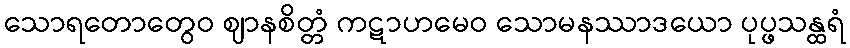
သောရတောတွေဝ ဈာနစိတ္တံ ကဋာဟမေဝ သောမနဿာဒယော ပုပ္ဖသန္ထရံ